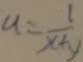
u = \frac { 1 } { x \div y }